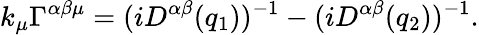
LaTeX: k_{\mu}\Gamma^{\alpha\beta\mu}=(iD^{\alpha\beta}(q_{1}))^{-1}-(iD^{\alpha\beta}(q_{2}))^{-1}.